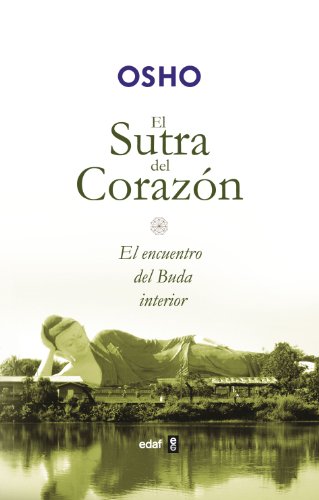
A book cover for El sutra del corazon (Spanish Edition); Osho; Religion & Spirituality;